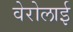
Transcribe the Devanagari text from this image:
वेरोलाई